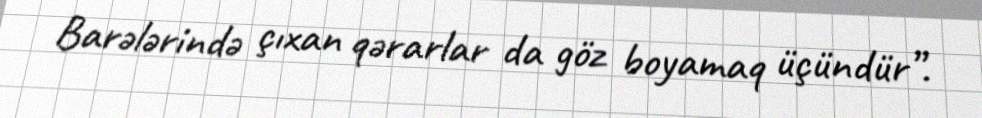
Barələrində çıxan qərarlar da göz boyamaq üçündür”.